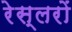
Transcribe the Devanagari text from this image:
रेस्लरों